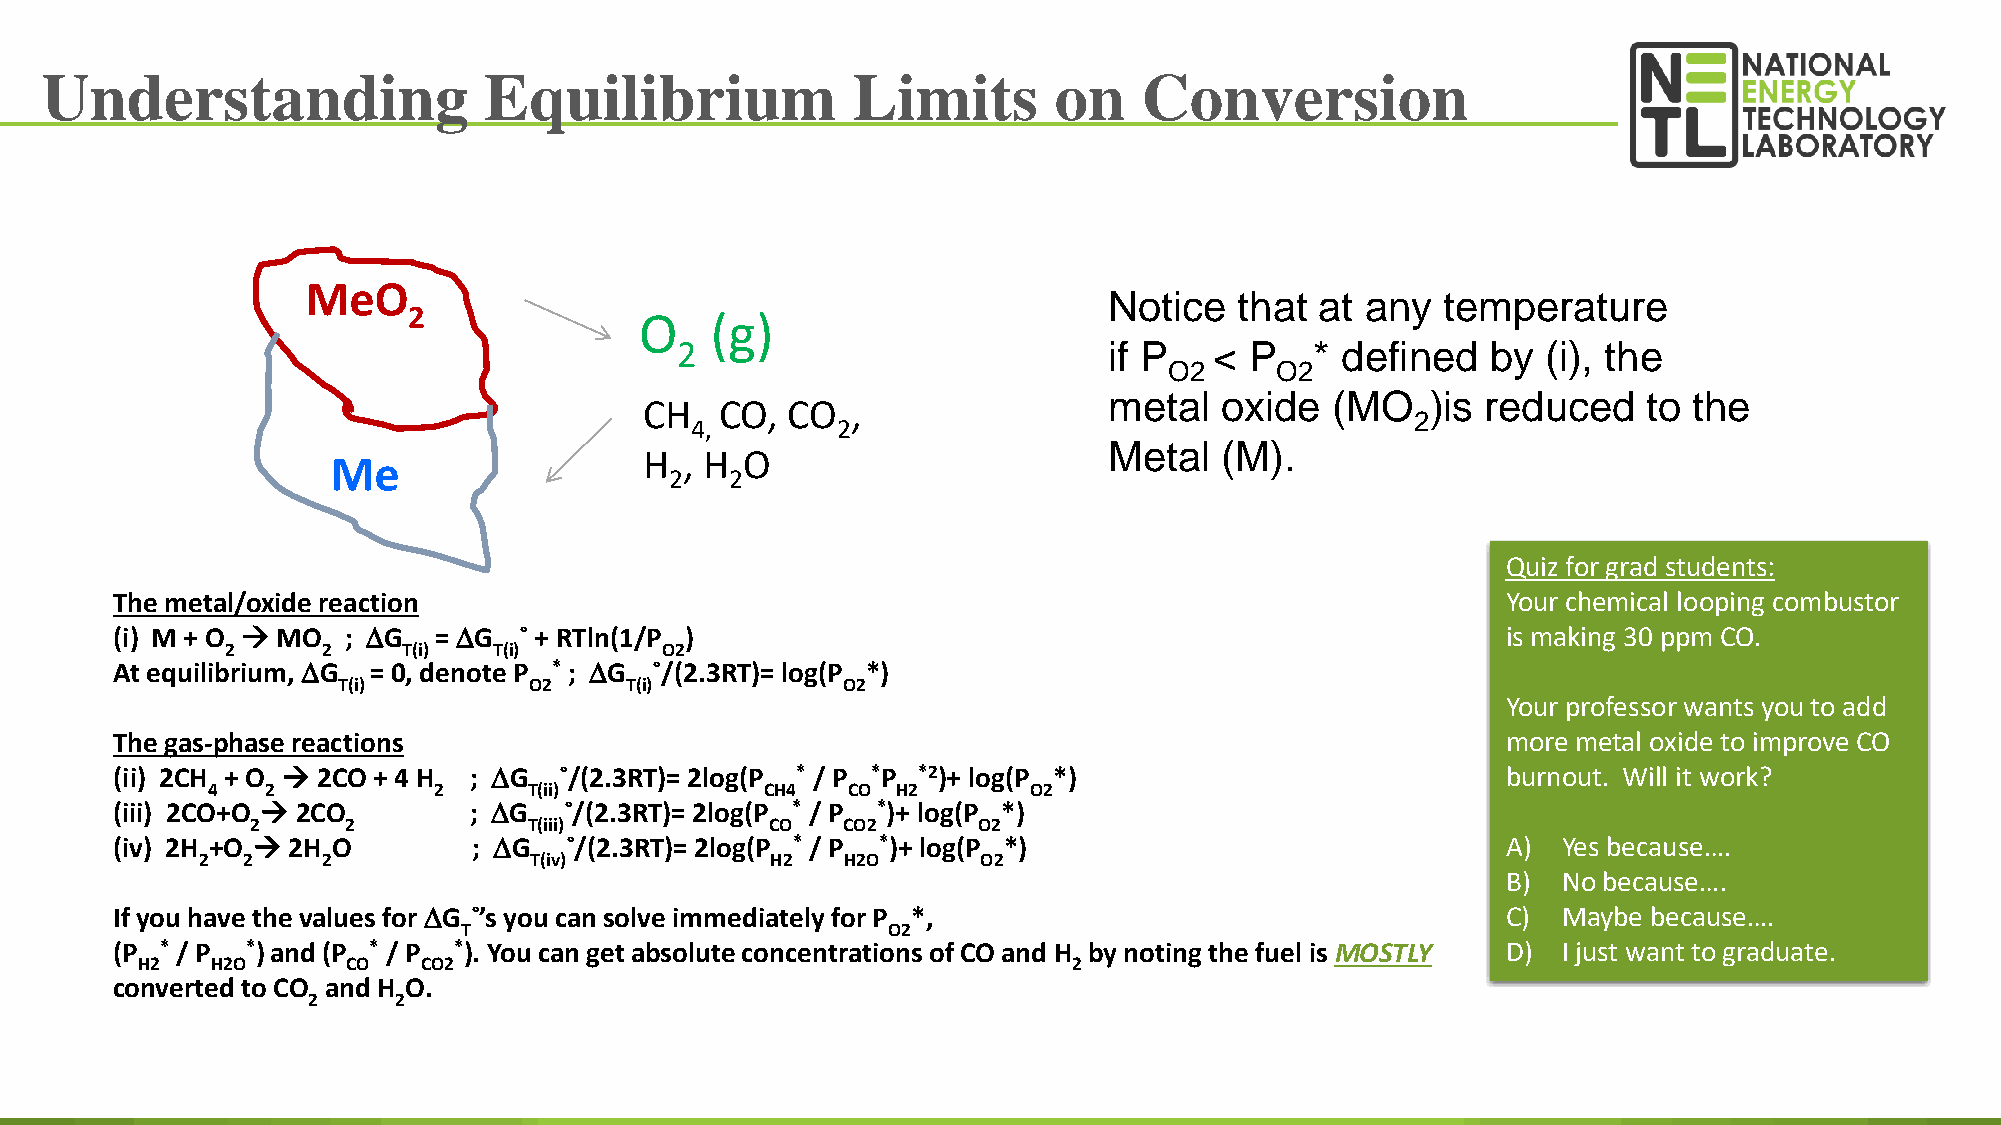
Understanding                Equilibrium             Limits        on    Conversion
 MeO
 Notice   that at any   temperature
 2
 O    (g)
 2                           if P   <  P   * defined   by (i), the
 O2     O2
 metal   oxide  (MO    )is reduced   to the
 CH   CO, CO  ,
 2
 4,       2
 Metal   (M).
 H , H O
 Me
 2   2
 Quiz for grad students:
 The metal/oxide reaction                                                                     Your chemical looping combustor
 (i) M + O  MO  ; DG  = DG ˚ + RTln(1/P )                                                    is making 30 ppm CO.
 2     2     T(i)  T(i)       O2
 At equilibrium, DG = 0, denote P * ; DG ˚/(2.3RT)= log(P *)
 T(i)         O2    T(i)           O2
 Your professor wants you to add
 The gas-phase reactions                                                                      more metal oxide to improve CO
 (ii) 2CH + O  2CO + 4 H ; DG ˚/(2.3RT)= 2log(P * / P *P *2)+ log(P *)                       burnout. Will it work?
 4   2          2     T(ii)           CH4  CO H2       O2
 (iii) 2CO+O  2CO       ; DG  ˚/(2.3RT)= 2log(P * / P *)+ log(P *)
 2     2           T(iii)          CO   CO2      O2
 (iv) 2H +O  2H O       ; DG  ˚/(2.3RT)= 2log(P * / P *)+ log(P *)                           A) Yes because….
 2  2    2             T(iv)           H2   H2O      O2
 B) No because….
 If you have the values for DG ˚’s you can solve immediately for P *,                         C) Maybe because….
 T                            O2
 (P  * / P *)and (P * / P *). You can get absolute concentrations of CO and H by noting the fuel is MOSTLY D) I just want to graduate.
 H2   H2O      CO   CO2                                        2
 converted to CO and H O.
 2     2
 21